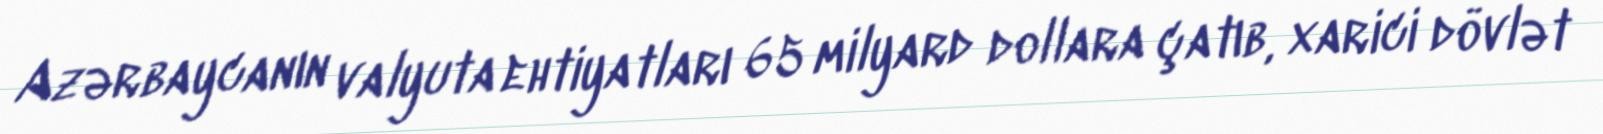
Azərbaycanın valyuta ehtiyatları 65 milyard dollara çatıb, xarici dövlət